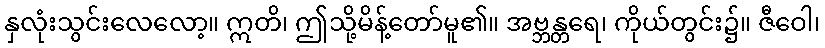
နှလုံးသွင်းလေလော့။ ဣတိ၊ ဤသို့မိန့်တော်မူ၏။ အဗ္ဘန္တရေ၊ ကိုယ်တွင်း၌။ ဇီဝေါ၊